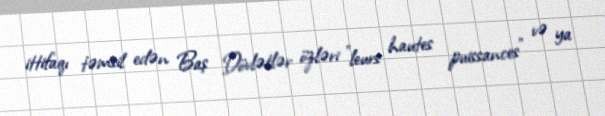
ittifaqı təmsil edən Baş Dövlətlər özləri "leurs hautes puissances" və ya